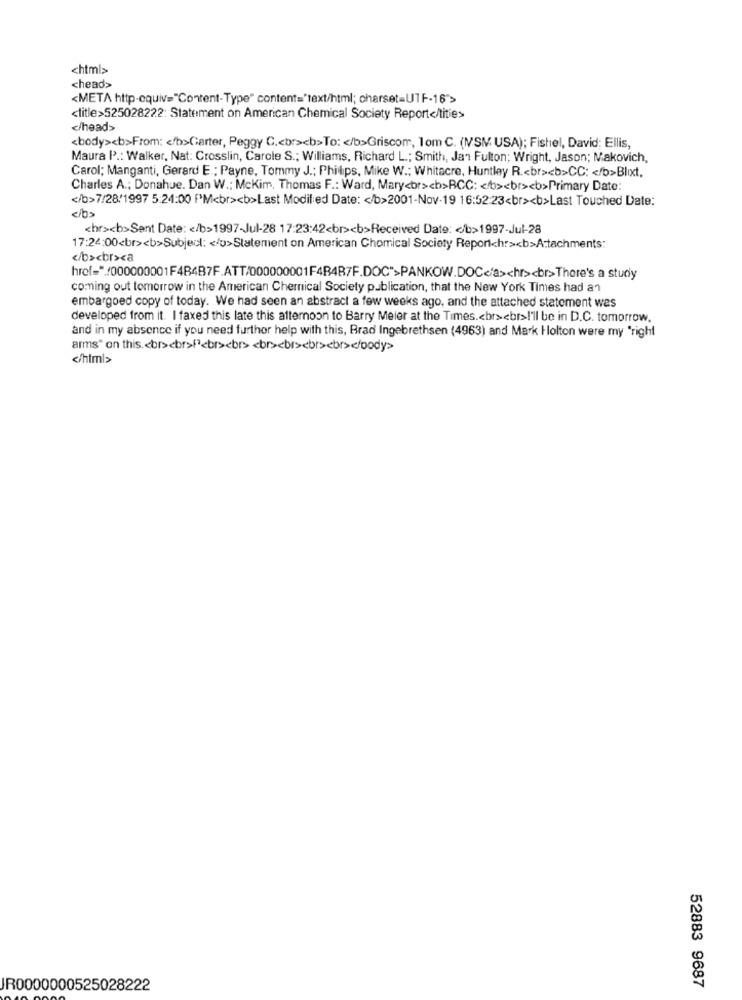
<html>
<head>
<META http-equiv="Content-Type" content="text/html; charset=UTF-16">
<title>525028222: Statement on American Chemical Society Report</title>
</head>
<body><b>From: < /b>Carter, Peggy C .< br><b>To: < /b>Griscom, lom C. (MSMV USA); Fishel, David; Ellis,
Maura P .: Walker, Nat: Crosslin, Carole S .; Williams, Richard L .; Smith, Jan Fulton; Wright, Jason; Makovich,
Carol; Manganti, Gerard E .; Payne, Tommy J .; Phillips, Mike W .: Whitacre, Huntley R .< br><b>CC: < /b>Blixt.
Charles A .; Donahue. Dan W .: Mckim, Thomas F .: Ward, Mary<br><b>BCC: < /b><br><b>Primary Date:
</b>7/28/1997 5:24:00 PM<br><b>Last Modified Date: < /b>2001-Nov-19 16:52:23<br><b>Last Touched Date:
<br><b>Sent Date: < /b>1997-Jul-28 17:23:42<br><b>Received Date: < /b>1997-Jul-28
17:24:00<br><b>Subject: < /p>Statement on American Chomical Society Reportchr><b>Attachments:
</b><br>ca
href="./000000001F4B4B7F.ATT/000000001F4B4B/F.DOC">PANKOW.DOC</a><hr><br>There's a study
coming out tomorrow in the American Chemical Society publication, that the New York Times had an
embargoed copy of today. We had seen an abstract a few weeks ago, and the attached statement wes
developed from it. I faxed this late this afternoon to Barry Meler at the Times .< br><br>I'll be in D.C. tomorrow,
and in my absence if you need further help with this, Brad Ingebrethsen (4963) and Mark Holton were my "right
arms" on this .< br> <br>fª<br><br> <br><br><br><br><body>
</html>
52883 9687
JR0000000525028222